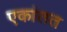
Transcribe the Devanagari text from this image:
एकांतत